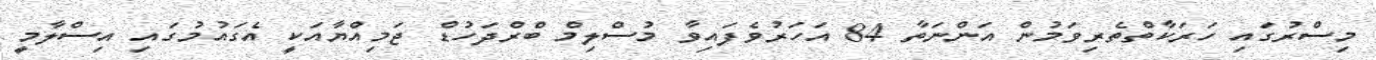
މިސްރުގައި ހަރަކާތްތެރިވަމުން އަންނަތާ 84 އަހަރުވެފައިވާ މުސްލިމް ބްރްދަހުޑް ޖަމިއްޔާއަކީ އެގައުމުގައި އިސްލާމީ